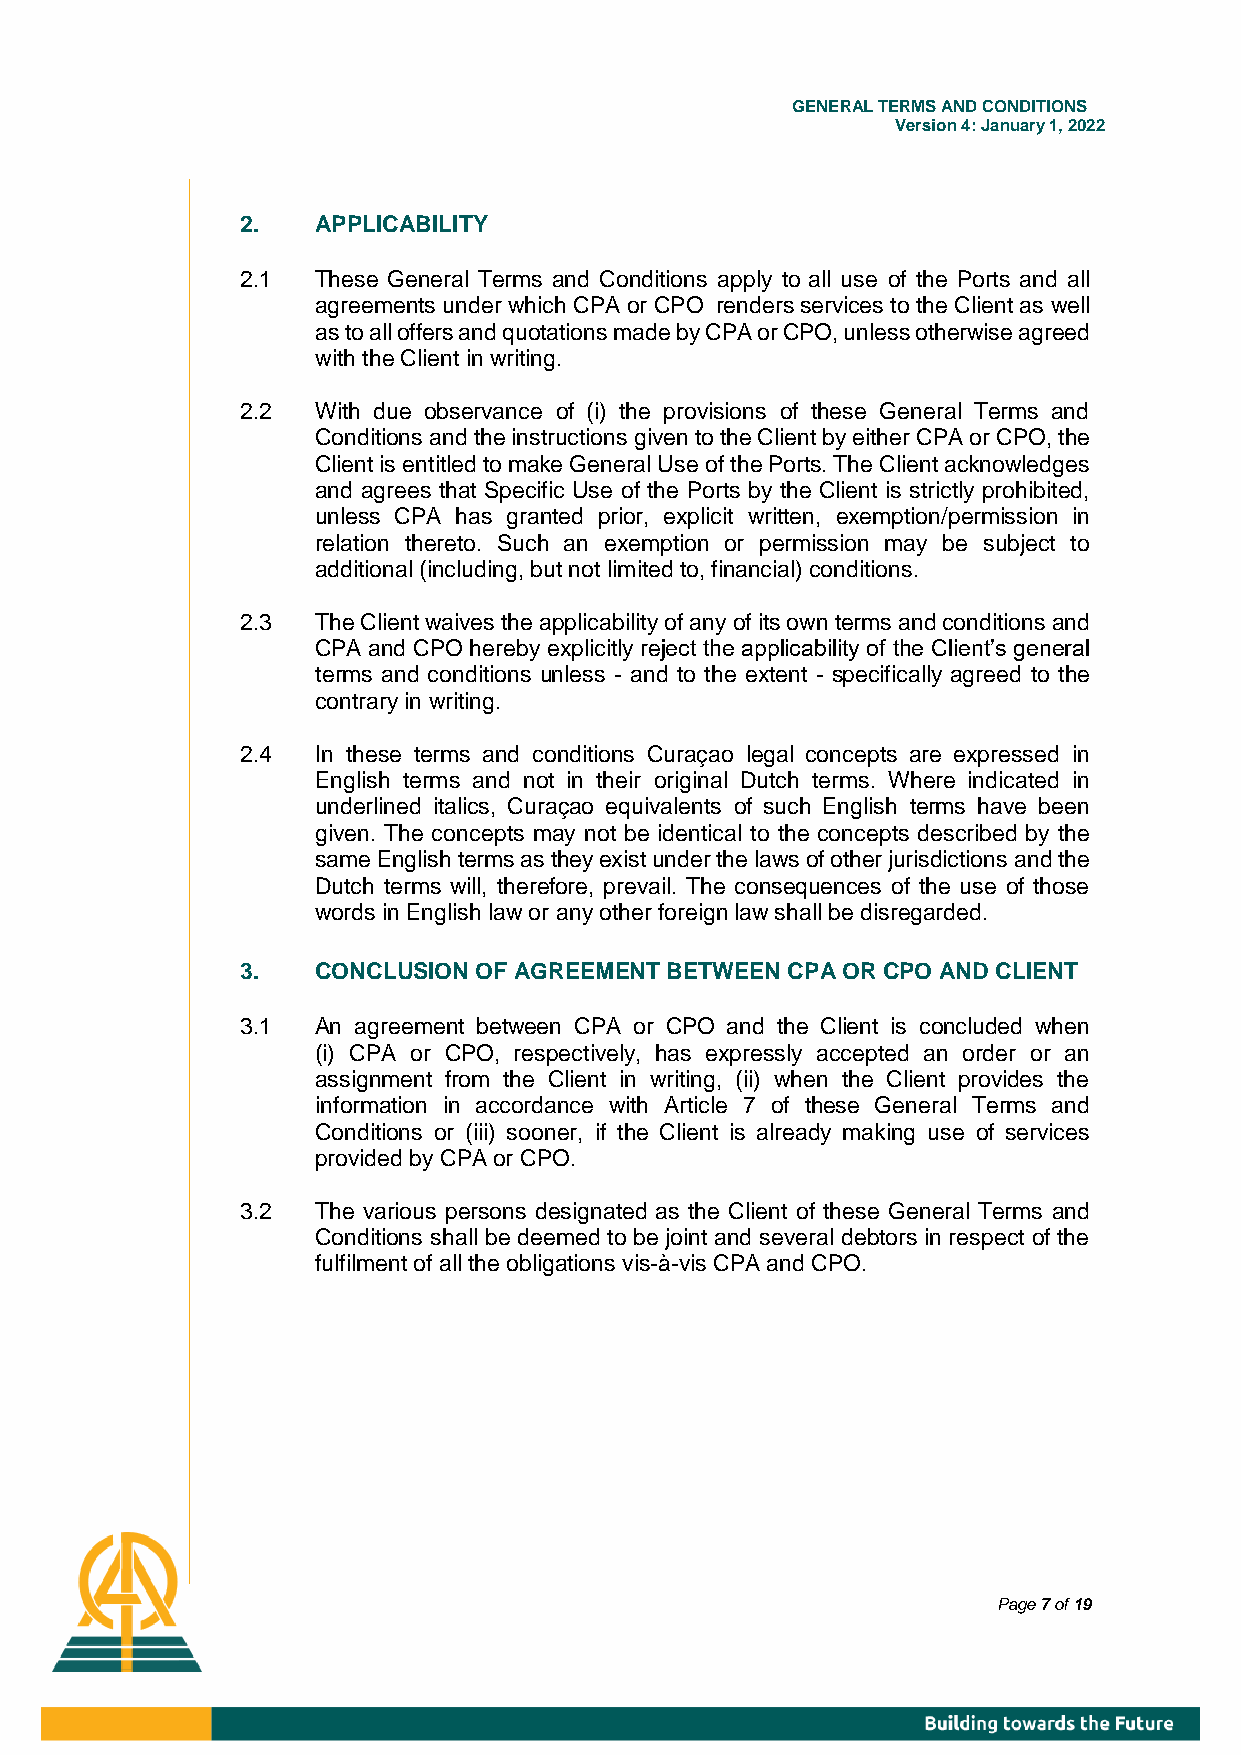
GENE RAL TERMS AND CONDITIONS
 Version 4: January 1, 2022
 2.   APPLICABILITY
 2.1  These General Terms and Conditions apply to all use of the Ports and all
 agreements under which CPA or CPO renders services to the Client as well
 as to all offers and quotations made by CPA or CPO, unless otherwise agreed
 with the Client in writing.
 2.2  With due observance of (i) the provisions of these General Terms and
 Conditions and the instructions given to the Client by either CPA or CPO, the
 Client is entitled to make General Use of the Ports. The Client acknowledges
 and agrees that Specific Use of the Ports by the Client is strictly prohibited,
 unless CPA has granted prior, explicit written, exemption/permission in
 relation thereto. Such an exemption or permission may be subject to
 additional (including, but not limited to, financial) conditions.
 2.3  The Client waives the applicability of any of its own terms and conditions and
 CPA and CPO hereby explicitly reject the applicability of the Client’s general
 terms and conditions unless - and to the extent - specifically agreed to the
 contrary in writing.
 2.4  In these terms and conditions Curaçao legal concepts are expressed in
 English terms and not in their original Dutch terms. Where indicated in
 underlined italics, Curaçao equivalents of such English terms have been
 given. The concepts may not be identical to the concepts described by the
 same English terms as they exist under the laws of other jurisdictions and the
 Dutch terms will, therefore, prevail. The consequences of the use of those
 words in English law or any other foreign law shall be disregarded.
 3.   CONCLUSION OF AGREEMENT BETWEEN CPA OR CPO AND CLIENT
 3.1  An agreement between CPA or CPO and the Client is concluded when
 (i) CPA or CPO, respectively, has expressly accepted an order or an
 assignment from the Client in writing, (ii) when the Client provides the
 information in accordance with Article 7 of these General Terms and
 Conditions or (iii) sooner, if the Client is already making use of services
 provided by CPA or CPO.
 3.2  The various persons designated as the Client of these General Terms and
 Conditions shall be deemed to be joint and several debtors in respect of the
 fulfilment of all the obligations vis-à-vis CPA and CPO.
 Page 7 of 19